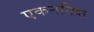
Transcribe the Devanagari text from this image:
एकननिष्ठ